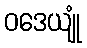
ဝဒေယျုံ